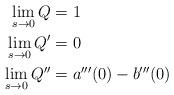
LaTeX: \begin{align*}\lim_{s \rightarrow 0} Q &= 1 \\\lim_{s \rightarrow 0} Q' &= 0 \\\lim_{s \rightarrow 0} Q'' &= a'''(0) - b'''(0)\end{align*}